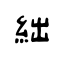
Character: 絀